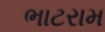
ભાટરામ